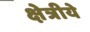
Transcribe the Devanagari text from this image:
क्षेत्रीये